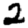
Digit: 2